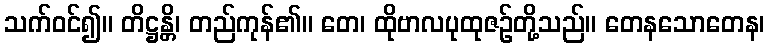
သက်ဝင်၍။ တိဋ္ဌန္တိ၊ တည်ကုန်၏။ တေ၊ ထိုဗာလပုထုဇဉ်တို့သည်။ တေနသောတေန၊